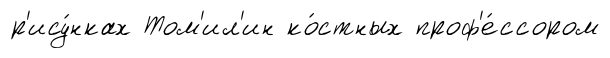
р'ису́нках Том'ил'ин ко́стных проф'е́ссором